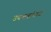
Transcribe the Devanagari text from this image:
उपभगांमध्ये